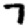
Digit: 7